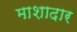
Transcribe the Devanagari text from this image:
माशादार